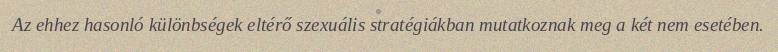
Az ehhez hasonló különbségek eltérő szexuális stratégiákban mutatkoznak meg a két nem esetében.